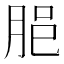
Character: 𦚽